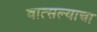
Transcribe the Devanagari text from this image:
वात्सल्याचा